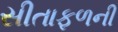
સીતાફળની